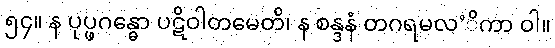
၅၄။ န ပုပ္ဖဂန္ဓော ပဋိဝါတမေတိ၊ န စန္ဒနံ တဂရမလ’ိကာ ဝါ။